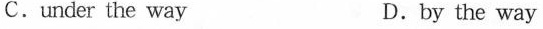
C.under the way D.by the way